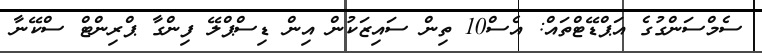
ސެމްސަންގުގެ އަޕްޑޭޓްތައް: އެސް10 ތިން ސައިޒަކުން އިން ޑިސްޕްލޭ ފިންގާ ޕްރިންޓް ސްކޭނާ